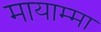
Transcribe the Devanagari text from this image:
मायाम्मा